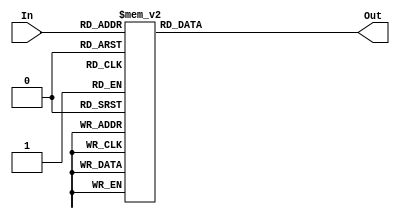
/* Decodificador  binrio para display 7 segmentos */

module Decoder7 (
	input wire [3:0] In,
	output reg [6:0] Out
	);

	always @(*)	
		case (In)
			4'b0000 : Out = ~7'b0111111; 
			4'b0001 : Out = ~7'b0000110;
			4'b0010 : Out = ~7'b1011011; 
			4'b0011 : Out = ~7'b1001111; 

			4'b0100 : Out = ~7'b1100110; 
			4'b0101 : Out = ~7'b1101101; 
			4'b0110 : Out = ~7'b1111101; 
			4'b0111 : Out = ~7'b0000111; 
 
			4'b1000 : Out = ~7'b1111111; 
			4'b1001 : Out = ~7'b1101111;
			4'b1010 : Out = ~7'b1110111; 
			4'b1011 : Out = ~7'b1111100; 

			4'b1100 : Out = ~7'b0111001; 
			4'b1101 : Out = ~7'b1011110; 
			4'b1110 : Out = ~7'b1111001; 
			4'b1111 : Out = ~7'b1110001; 
	
			default : Out = ~7'b0000000;
		endcase
		
endmodule